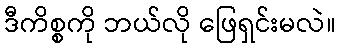
ဒီကိစ္စကို ဘယ်လို ဖြေရှင်းမလဲ။